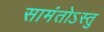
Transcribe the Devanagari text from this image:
सामंतोऽस्तु